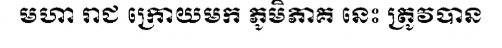
មហា រាជ ក្រោយមក ភូមិភាគ នេះ ត្រូវបាន